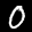
Label: 0